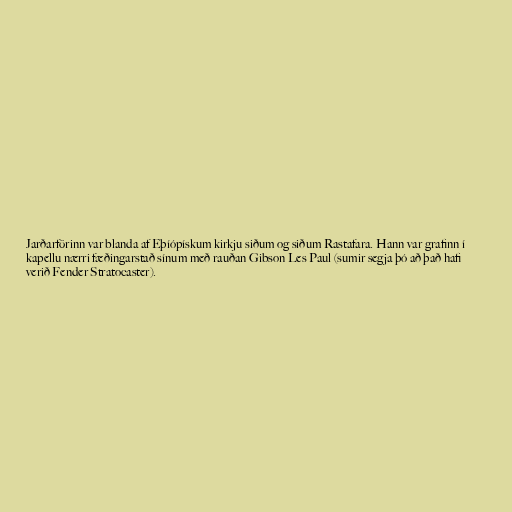
Jarðarförinn var blanda af Eþíópískum kirkju siðum og siðum Rastafara. Hann var grafinn í
kapellu nærri fæðingarstað sínum með rauðan Gibson Les Paul (sumir segja þó að það hafi
verið Fender Stratocaster).